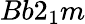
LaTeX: Bb\mathrm{2}_{1}m